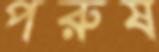
পরুষ